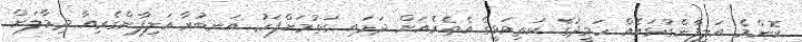
ކޮންމެ އަލިފާންގުޅައެއް ހަމީދުގެ ކަތިވަޅީގެ އެތެރެއަށް ދަމައި ގަތުމަށްފަހު